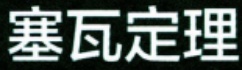
塞瓦定理